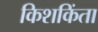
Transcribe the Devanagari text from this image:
किशकिंता